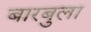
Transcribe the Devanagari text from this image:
बारबुला